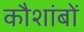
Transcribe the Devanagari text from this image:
कौशांबों